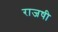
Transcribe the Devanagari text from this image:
राजषी